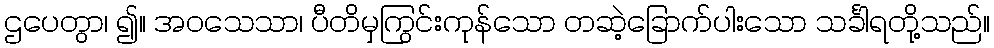
ဌပေတွာ၊ ၍။ အဝသေသာ၊ ပီတိမှကြွင်းကုန်သော တဆဲ့ခြောက်ပါးသော သင်္ခါရတို့သည်။